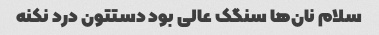
سلام نان‌ها سنگک عالی بود دستتون درد نکنه